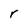
Character: r